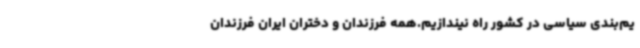
یم‌بندی سیاسی در کشور راه نیندازیم.همه فرزندان و دختران ایران فرزندان